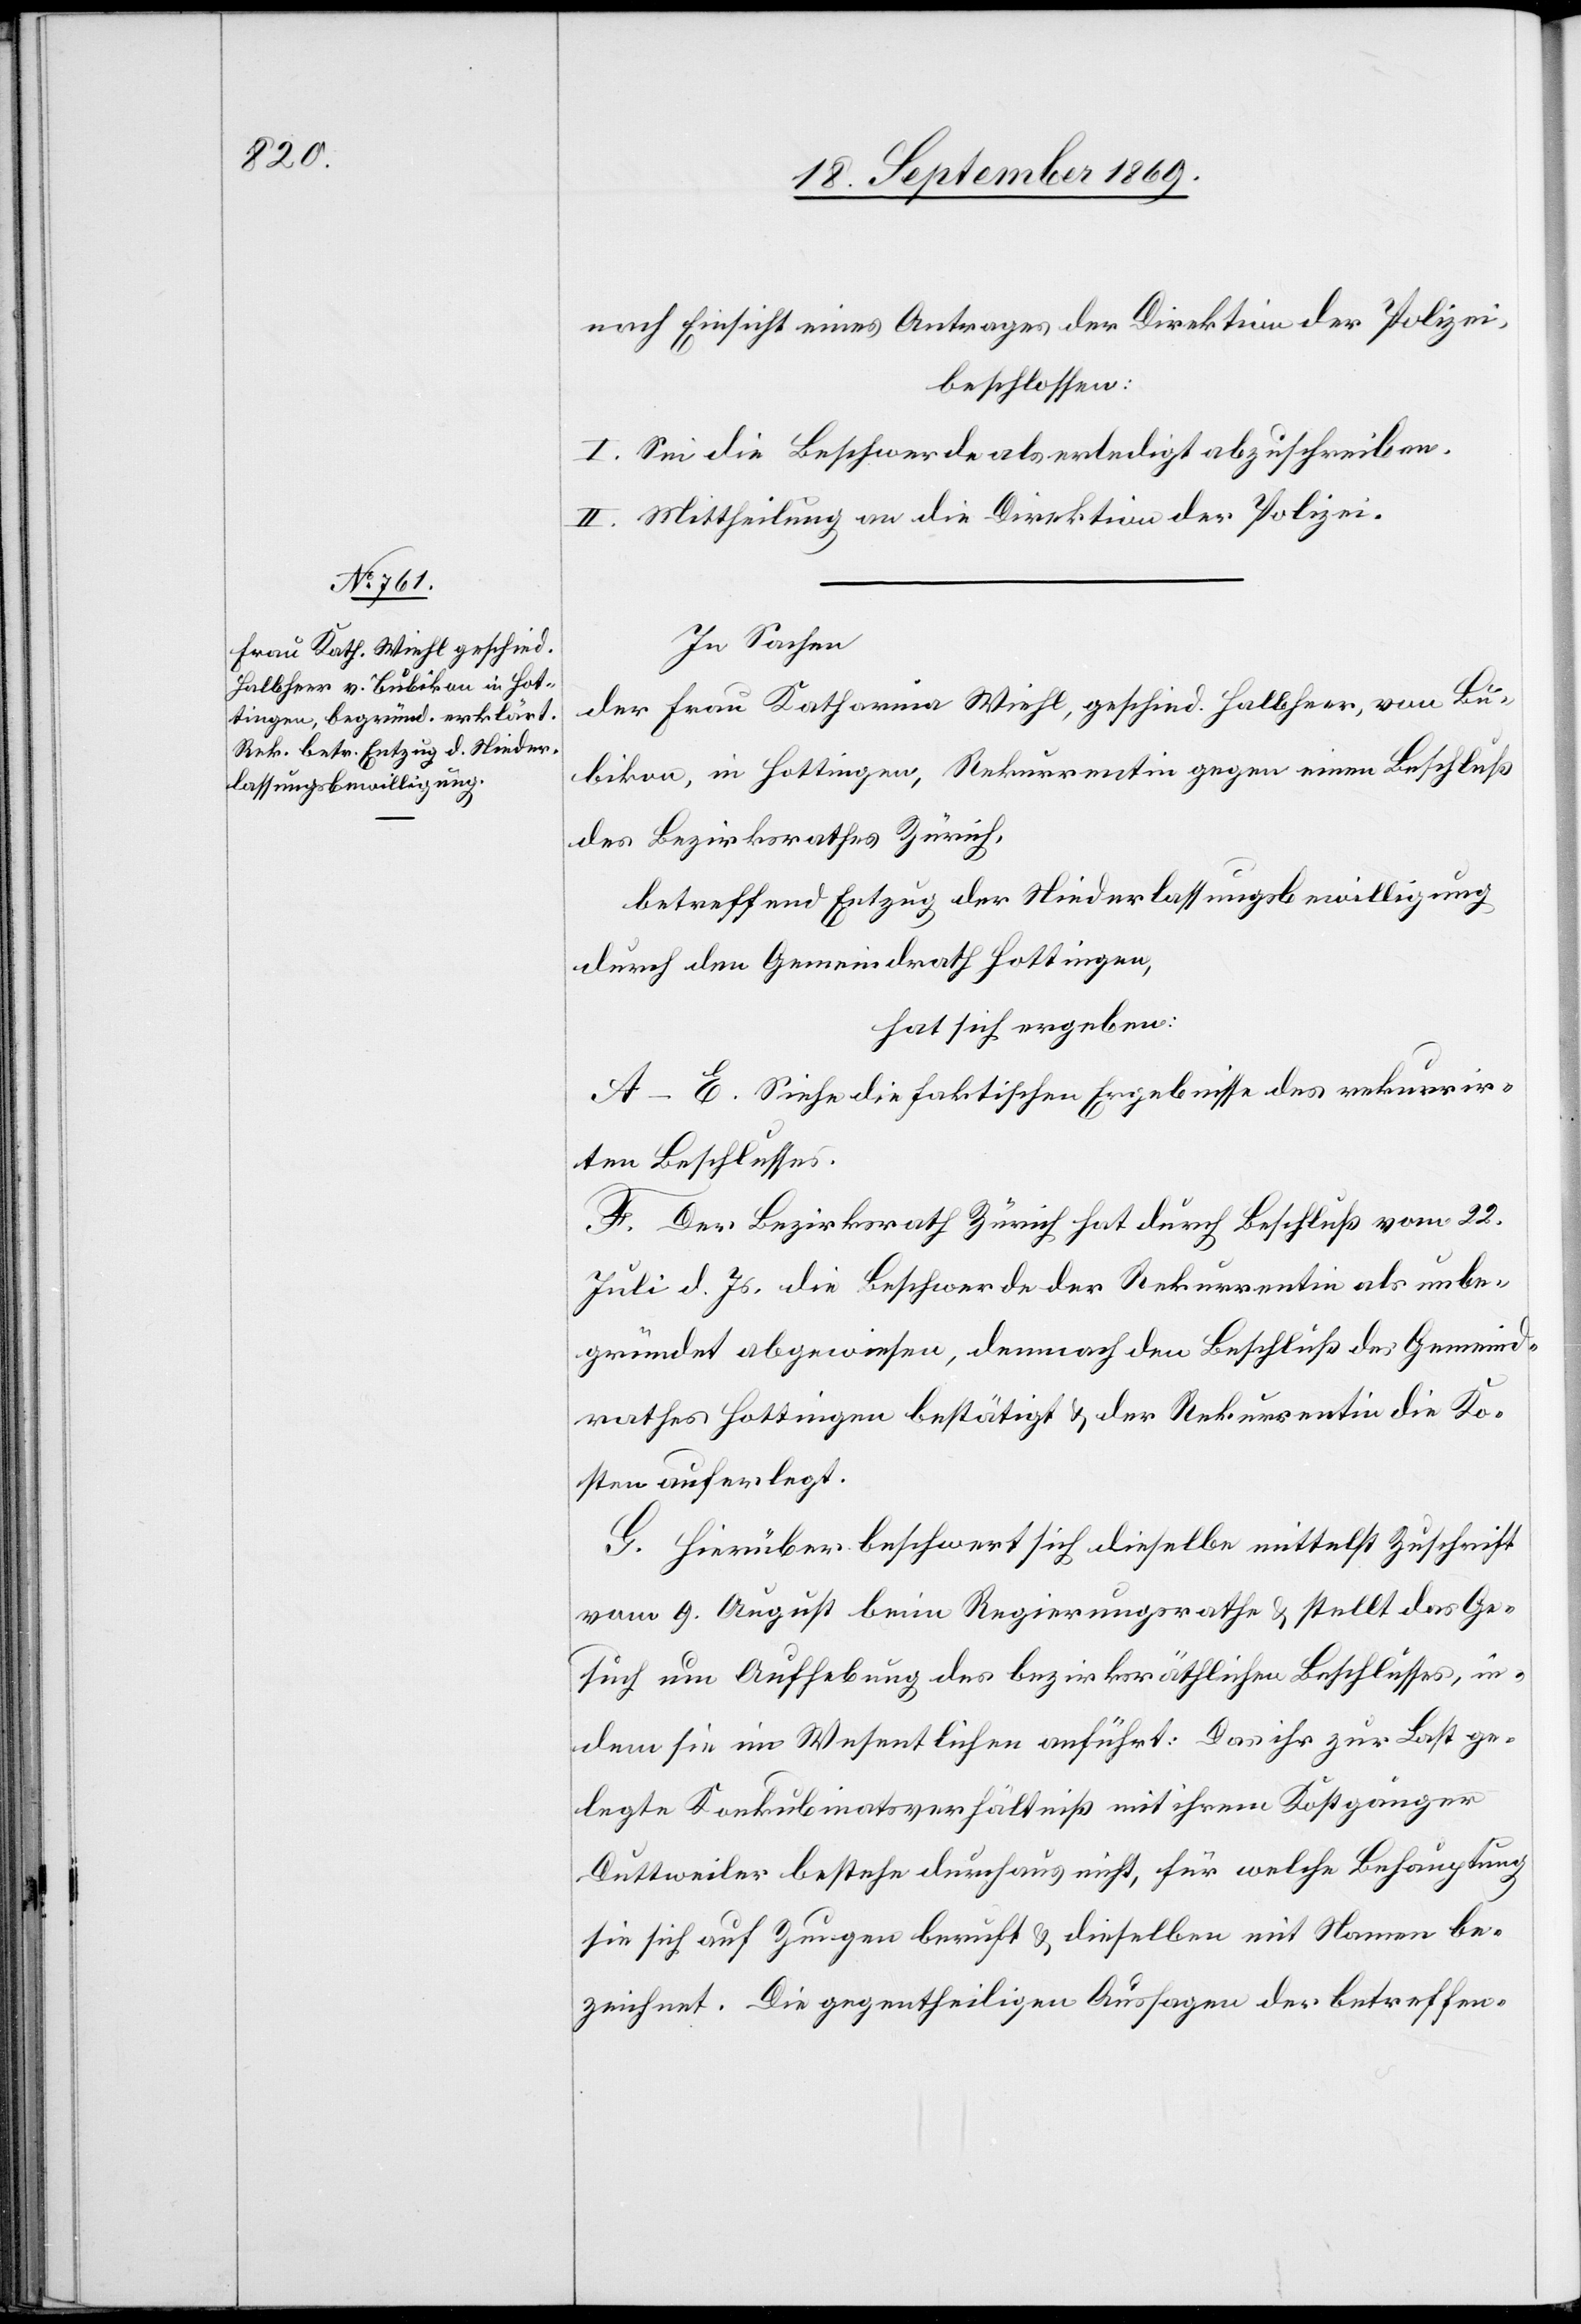
nach Einsicht eines Antrages der Direktion der Polizei,
beschlossen:
I. Sei die Beschwerde als erledigt abzuschreiben.
II. Mittheilung an die Direktion der Polizei.
In Sachen
der Frau Katharina Wiehl, geschied. Halbheer, von Bu¬
bikon, in Hottingen, Rekurrentin gegen einen Beschluß
des Bezirksrathes Zürich,
betreffend Entzug der Niederlassungsbewilligung
durch den Gemeindrath Hottingen,
hat sich ergeben:
A–E. Siehe die faktischen Ergebnisse des rekurrir¬
ten Beschlusses.
F. Der Bezirksrath Zürich hat durch Beschluß vom 22.
Juli d. Js. die Beschwerde der Rekurrentin als unbe¬
gründet abgewiesen, demnach den Beschluß des Gemeind¬
rathes Hottingen bestätigt & der Rekurrentin die Ko¬
sten auferlegt.
G. Hierüber beschwert sich dieselbe mittelst Zuschrift
vom 9. August beim Regierungsrathe & stellt das Ge¬
such um Aufhebung des bezirksräthlichen Beschlusses, in¬
dem sie im Wesentlichen anführt: Das ihr zur Last ge¬
legte Konkubinatsverhältniß mit ihrem Kostgänger
Duttweiler bestehe durchaus nicht, für welche Behauptung
sie sich auf Zeugen beruft & dieselben mit Namen be¬
zeichnet. Die gegentheiligen Aussagen der betreffen-